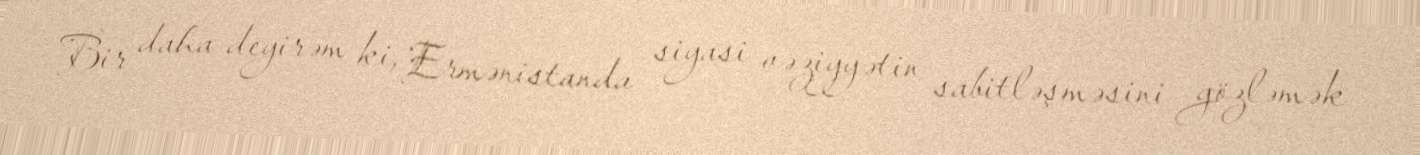
Bir daha deyirəm ki, Ermənistanda siyasi vəziyyətin sabitləşməsini gözləmək